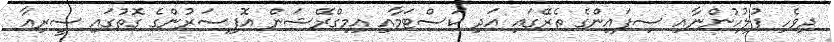
ދިވެހި ފުލުހުންނާއި ސިފައިންގެ ތެރޭގައި އަދި ކަސްޓަމާއި އިމިގްރޭޝަން އޮފިސަރުންގެ ގޮތުގައި ސީރިއާ